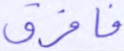
فافرق